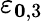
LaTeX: \varepsilon_{\boldsymbol{0},3}